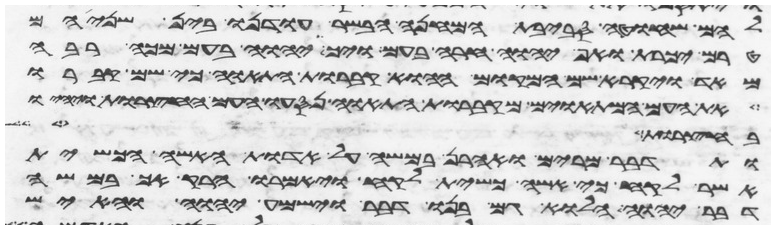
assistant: להם שחוט סביבת המחנה הבשר עודנו בין שניהם
טרם יכרת ואף יהוה חרה בעם ויך יהוה בעם מכה רבה
מאד ויקרא שם המקום ההוא קברות התאוה כי שם קברו
את העם המתאוים מקברות התאוה נסעו העם החצרות ויהיו
לחצר שש
ותדבר מרים ואהרן במשה על אדות האשה הכשית
אשר לקח כי אשה כשית לקח ויאמרו הרק אך במשה
דבר יהוה הלוא גם בנו דבר וישמע יהוה והאיש